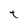
Character: t